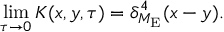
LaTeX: \operatorname * { l i m } _ { \tau \to 0 } K ( x , y , \tau ) = \delta _ { { \cal M } _ { \mathrm { E } } } ^ { 4 } ( x - y ) .